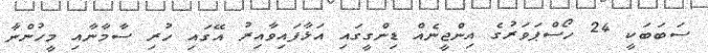
ސަބަބަކީ 24 ހޯސްޕަވަރުގެ އިންޖީނެއް ޑިންގީގައި އަޅާފައިވާއިރު އޭގައި ހުރި ސާމާނާއި މީހުންނާ